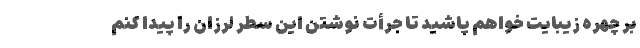
بر چهره زیبایت خواهم پاشید تا جرأت نوشتن این سطر لرزان را پیدا کنم